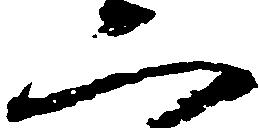
二